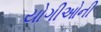
યોગીઓની